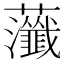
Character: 虃